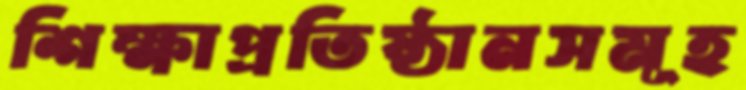
শিক্ষাপ্রতিষ্ঠানসমূহ